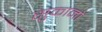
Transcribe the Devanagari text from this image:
सुकानो